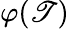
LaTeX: \varphi(\mathscr{T})